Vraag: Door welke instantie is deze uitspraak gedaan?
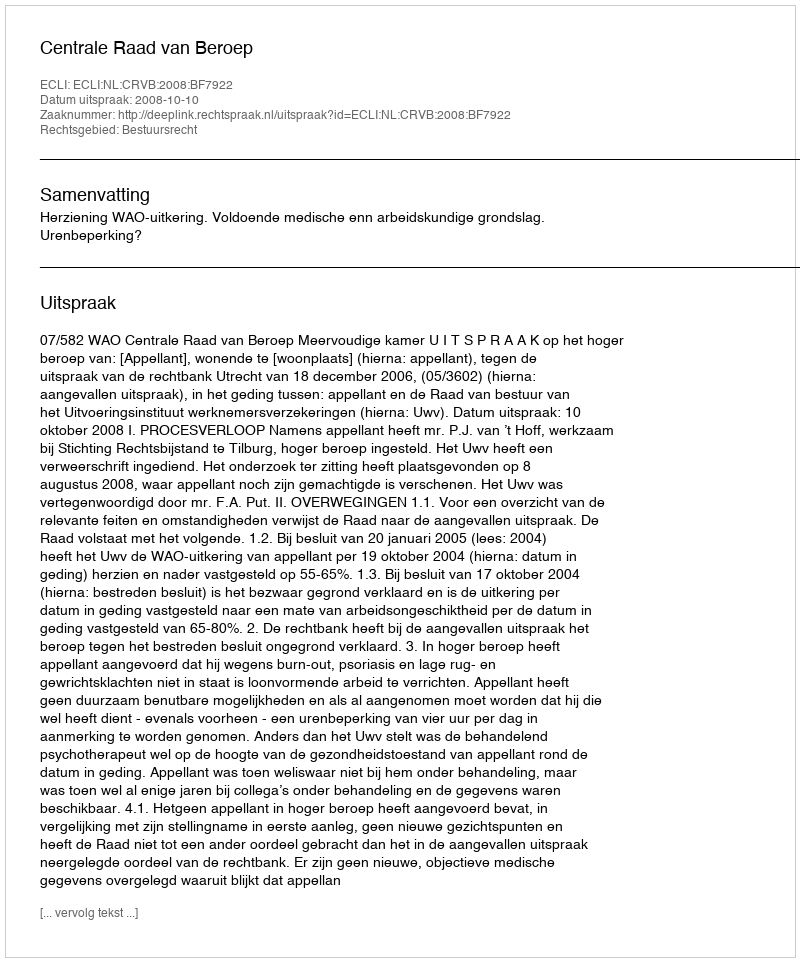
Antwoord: Centrale Raad van Beroep